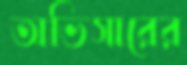
অভিসারের